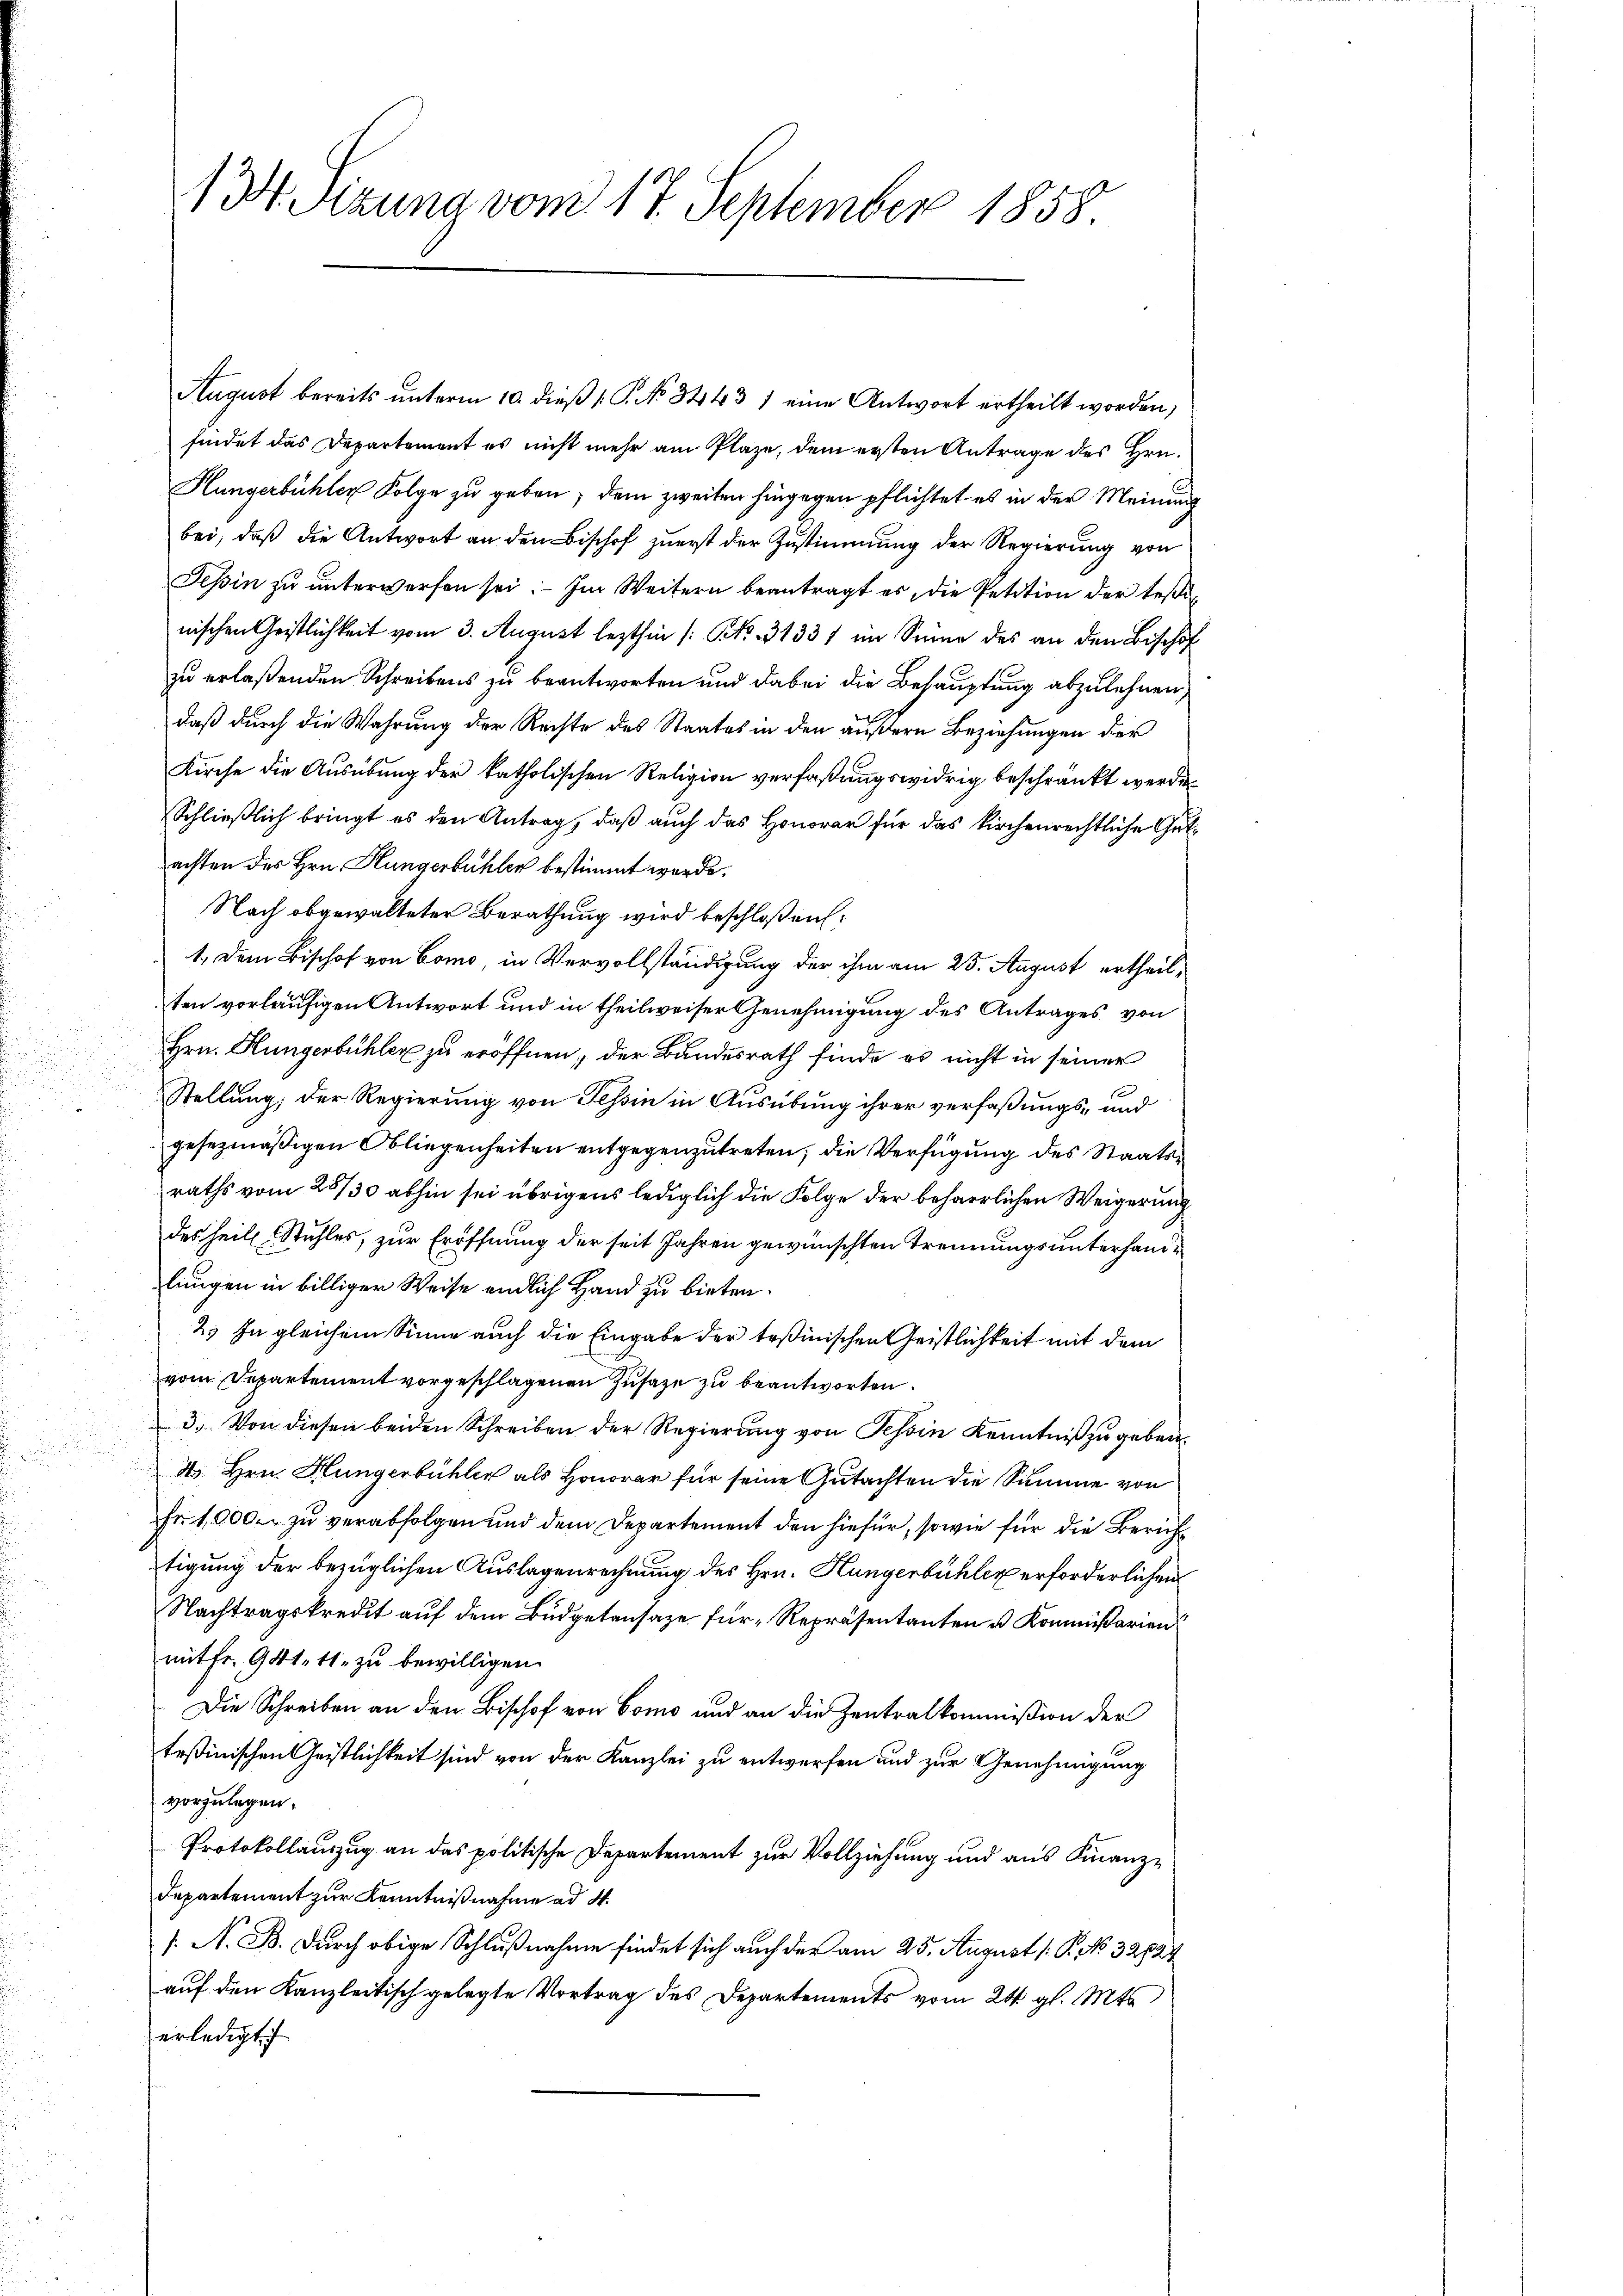
134 Sizung vom 17. September 1858.

findet das Departement es nicht mehr am Plaze, dem ersten Antrage des Hrn.
Hungerbühler Folge zu geben, dem zweiten hingegen pflichtet es in der Meinung
bei, daß die Antwort an den Bischof zuerst der Zustimmung der Regierung von
Tessin zŭ ŭnterwerfen sei. Im Weitern beantragt es, die Petition der Teßin
nischen Geistlichkeit vom 3. August lezthin /: NNo. 31331 im Sinne des an den Bischof
zu erlaßenden Schreibens zu beantworten und dabei die Behauptung abzulehnen,
daß durch die Wahrung der Rechte des Staates in den äußern Beziehungen der
Kirche die Ausübung der katholischen Religion verfaßungswidrig beschränkt werde
Schließlich bringt es den Antrag, daß auch das Honorar für das kirchenrechtliche Gutachten des Hrn. Hungerbühler bestimmt werde.
Nach obgewalteter Berathung wird beschloßen:
1. Dem Bischof von Como, in Vervollständigung der ihm am 25. August ertheilten vorläufigen Antwort und in theilweiser Genehmigung des Antrages von
Hrn. Hungerbühler zu eröffnen, der Bundesrath finde es nicht in seiner
Stellung der Regierung von Tessin in Ausübung ihrer verfaßungs- und
gesezmäßigen Obliegenheiten entgegenzutreten, die Verfügung des Staatsraths vom 25730 abhin sei übrigens lediglich die Folge der beharrlichen Weigerung
des heil. Stuhles, zur Eröffnung der seit Jahren gewünschten Trennungsunterhandlungen in billiger Weise endlich Hand zu bieten.
2. In gleichem Sinne auch die Eingabe der teßinischen Geistlichkeit mit dem
vom Departement vorgeschlagenen Zusage zu beantworten.
3. Von diesen beiden Schreiben der Regierung von Tessin Kenntniß zu geben.
 Hrn. Hungerbühler als Honorar für seine Gutachten die Summe von
Fr. 1,000. zu verabfolgen und dem Departement den hiefür, sowie für die Zürichtigung der bezüglichen Auslagenrechnung des Hrn. Hungerbühler erforderlichen
Nachtragskredit auf dem Büdgetansaze für Repräsentanten u Kommißarien
mit fr. 94t. 11. zu bewilligen.
Die Schreiben an den Bischof von Como und an die Zentralkommission der
teßinischen Geistlichkeit sind von der Kanzlei zu entwerfen und zur Genehmigung
vorzulegen.
Protokollauszug an das politische Departement zur Vollziehung und aus Finanz¬
Departement zur Kenntnißnahme ad 4.
/. N. B. durch obige Schlußnahme findet sich auch der am 25. August /: P. No. 32724
auf den Kanzleitisch gelegte Vortrag des Departements vom 24. gl. Mts.
erledigt

August bereits ŭnterm 10. dieβ (: P. No 3443 1 eine Antwort ertheilt worden,